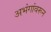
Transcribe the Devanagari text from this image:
अभंगांवरून